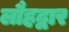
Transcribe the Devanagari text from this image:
लौहद्वार